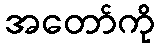
အတော်ကို